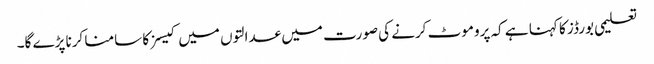
تعلیمی بورڈز کا کہنا ہے کہ پروموٹ کرنے کی صورت میں عدالتوں میں کیسز کا سامنا کرنا پڑے گا۔